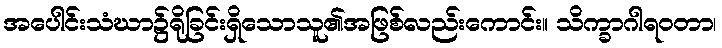
အပေါင်းသံဃာ၌ရိုခြင်းရှိသောသူ၏အဖြစ်လည်းကောင်း။ သိက္ခာဂါရဝတာ၊